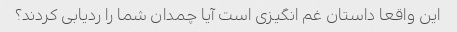
این واقعا داستان غم انگیزی است آیا چمدان شما را ردیابی کردند؟